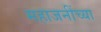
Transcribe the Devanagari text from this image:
महाजनींच्या